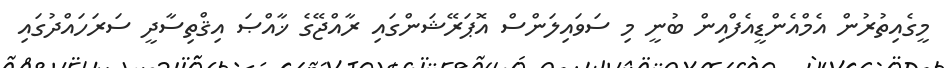
މީގެއިތުރުން އެމްއެންޑީއެފްއިން ބުނީ މި ސަވައިލަންސް އޮޕަރޭޝަންގައި ރާއްޖޭގެ ޚާއްޞަ އިޤްތިސާދީ ސަރަހައްދުގައި